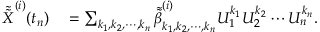
\begin{array} { r l } { \tilde { \tilde { X } } ^ { ( i ) } ( t _ { n } ) } & { { } = \sum _ { k _ { 1 } , k _ { 2 } , \cdots , k _ { n } } \tilde { \tilde { \beta } } _ { k _ { 1 } , k _ { 2 } , \cdots , k _ { n } } ^ { ( i ) } U _ { 1 } ^ { k _ { 1 } } U _ { 2 } ^ { k _ { 2 } } \cdots U _ { n } ^ { k _ { n } } . } \end{array}